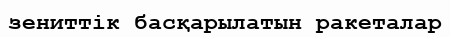
зениттік басқарылатын ракеталар